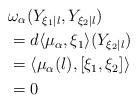
\begin{align*}&\omega_{\alpha}( Y_{\xi_{1}|l}, Y_{\xi_{2}|l})\\&=d\langle \mu_{\alpha},\xi_{1}\rangle(Y_{\xi_{2}|l})\\&=\langle\mu_{\alpha}(l),[\xi_{1},\xi_{2}]\rangle\\&=0\end{align*}